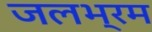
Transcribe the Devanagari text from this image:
जलभ्रम